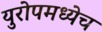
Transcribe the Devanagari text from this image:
युरोपमध्येच